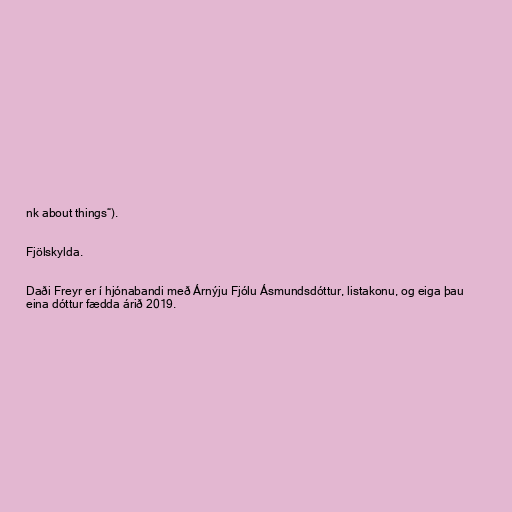
nk about things“).

Fjölskylda.

Daði Freyr er í hjónabandi með Árnýju Fjólu Ásmundsdóttur, listakonu, og eiga þau
eina dóttur fædda árið 2019.